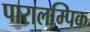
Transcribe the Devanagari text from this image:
पारालम्पिक